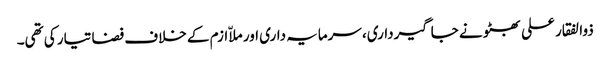
ذوالفقار علی بھٹو نے جاگیرداری، سرمایہ داری اور ملاّ ازم کے خلاف فضا تیار کی تھی۔